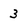
Character: 3